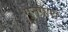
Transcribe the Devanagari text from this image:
गुनगाथ